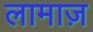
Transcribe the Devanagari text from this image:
लामाज़